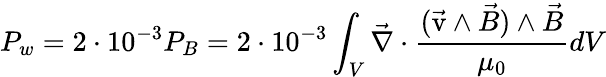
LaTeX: P_{w}=2\cdot 10^{-3}P_{B}=2\cdot 10^{-3}\int_{V}\vec{\nabla}\cdot\frac{(\vec{\mathrm{v}}\wedge\vec{B})\wedge\vec{B}}{\mu_{0}}dV